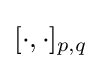
[\cdot ,\cdot ]_{p,q}